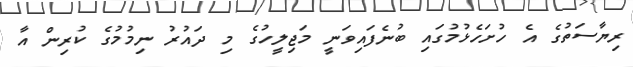
ރިޔާސަތުގެ އެ ހުށަހެޅުމުގައި ބުނެފައިވަނީ މަޖިލީހުގެ މި ދައުރު ނިމުމުގެ ކުރިން އާ